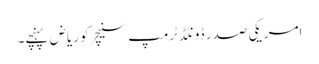
امریکی صدر ڈونلڈ ٹرمپ سنیچر کو ریاض پہنچے۔